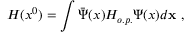
H ( x ^ { 0 } ) = \int \bar { \Psi } ( x ) H _ { o . p . } \Psi ( x ) d { \bf x } \; ,